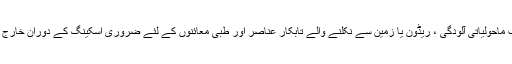
یہ ایسے کیسز ہیں، جن کا سبب ماحولیاتی آلودگی ، ریڈون یا زمین سے نکلنے والے تابکار عناصر اور طبی معائنوں کے لئے ضروری اسکینگ کے دوران خارج ہونے والی شعائیں بن رہی ہیں۔